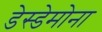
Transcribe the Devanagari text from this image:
डेस्डेमोना